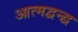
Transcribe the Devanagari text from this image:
आत्मद्वन्द्व